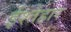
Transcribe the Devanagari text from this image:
ईश्तेहार